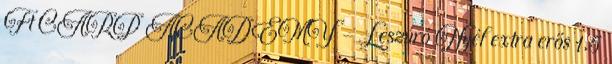
Ft CARP ACADEMY - Leszúró Nyél extra erős 1,5